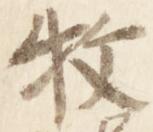
枚